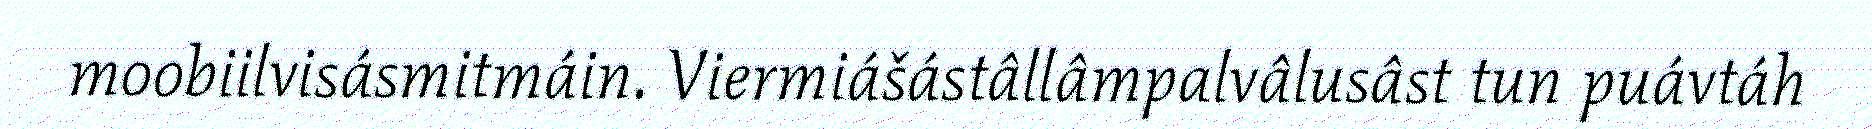
moobiilvisásmitmáin. Viermiášástâllâmpalvâlusâst tun puávtáh